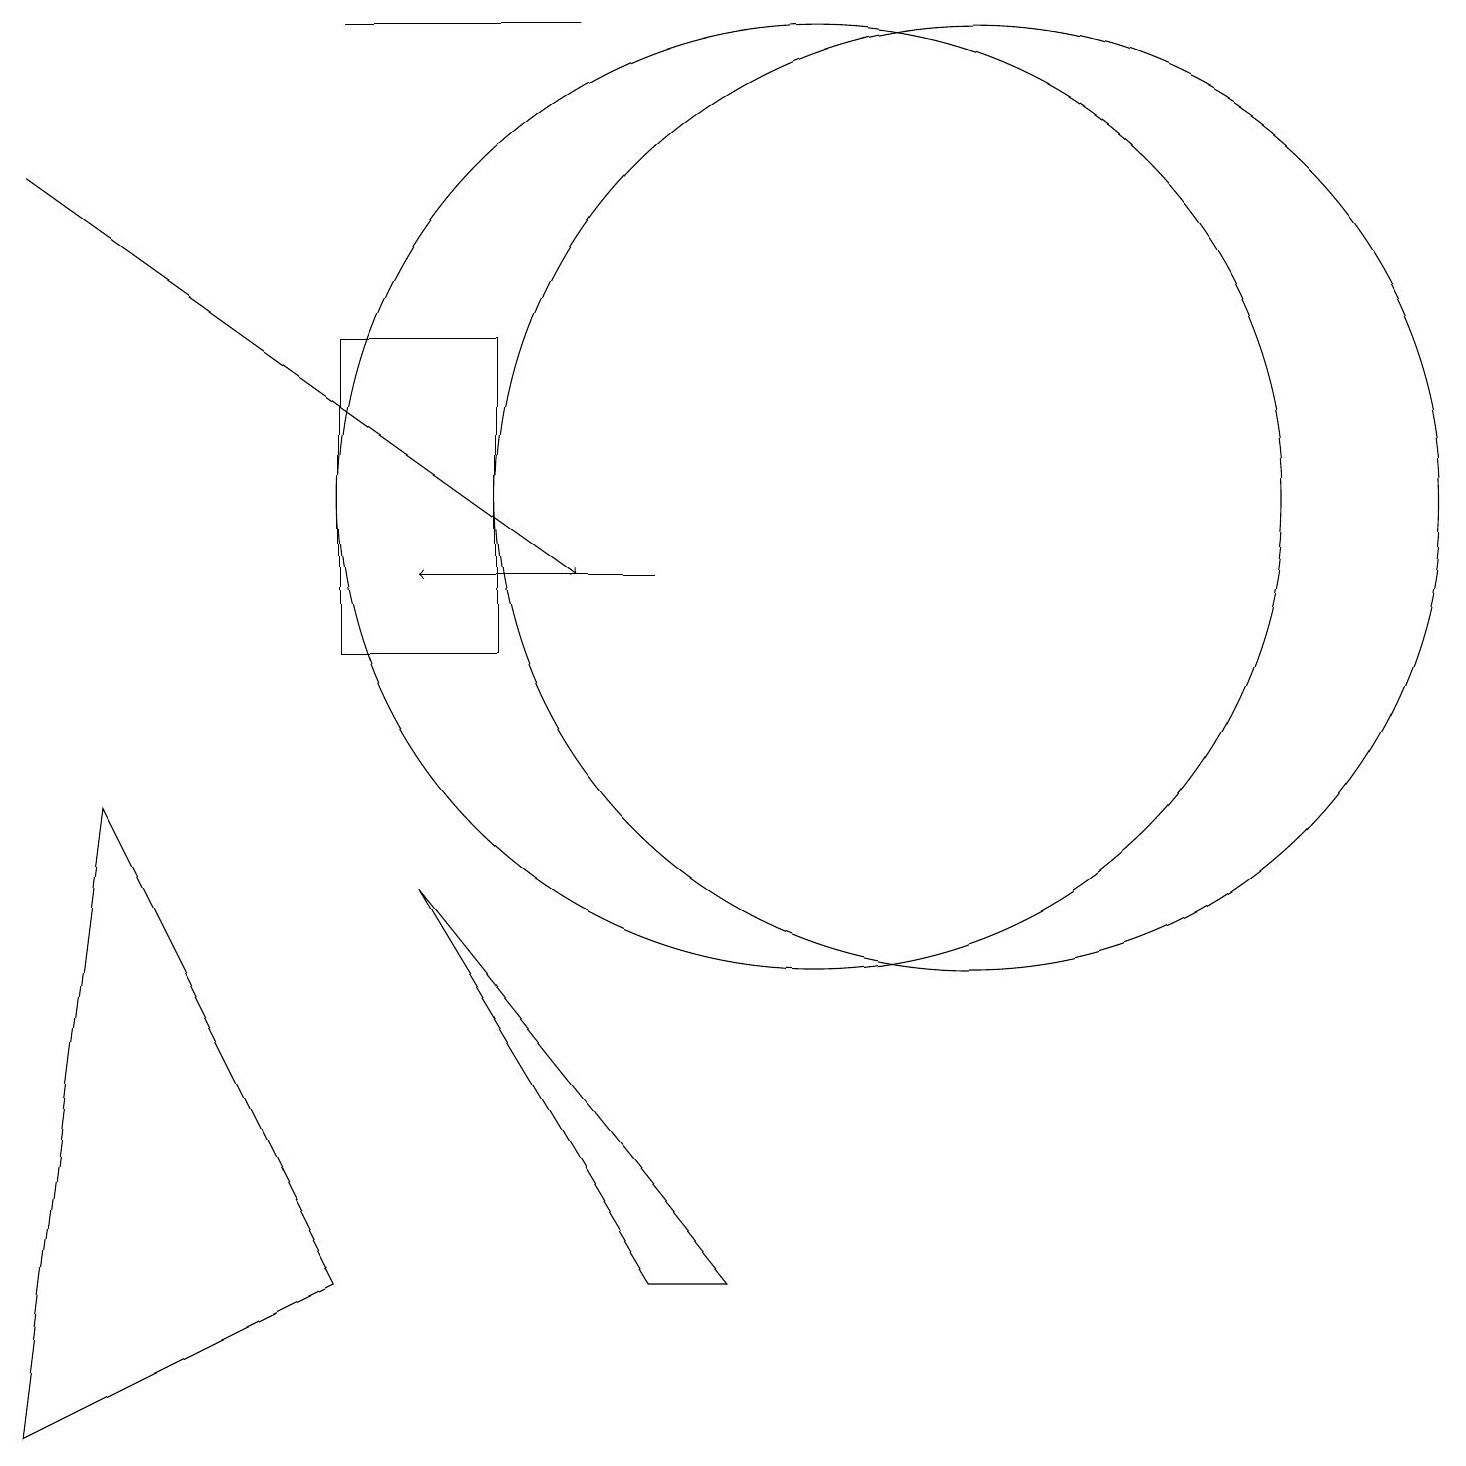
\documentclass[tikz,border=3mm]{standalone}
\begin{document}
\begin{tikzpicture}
\draw (0,0) -- (4,2) -- (1,8) -- cycle;
\draw (12,12) circle (6);
\draw (5,7) -- (9,2) -- (8,2) -- cycle;
\draw (10,12) circle (6);
\draw (4,18) rectangle (7,18);
\draw[->] (0,16) -- (7,11);
\draw (4,10) rectangle (6,14);
\draw[->] (8,11) -- (5,11);
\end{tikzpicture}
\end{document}